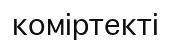
коміртекті